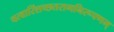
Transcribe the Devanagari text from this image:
चत्वारिंशच्छतरागनिरूपणम्‌